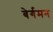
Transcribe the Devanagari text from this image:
बेर्गमन